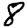
Digit: 8